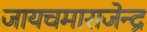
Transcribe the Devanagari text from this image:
जायचमाराजेन्द्र